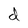
Character: d